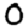
Digit: 0